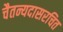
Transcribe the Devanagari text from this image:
चैतन्यदासरचित